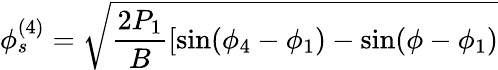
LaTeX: \phi_{s}^{(4)}=\sqrt{\frac{2P_{1}}{B}[\sin(\phi_{4}-\phi_{1})-\sin(\phi-\phi_{1})}